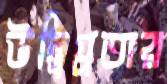
উদ্বিগ্নতার